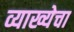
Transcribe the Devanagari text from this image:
व्याख्येचा